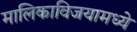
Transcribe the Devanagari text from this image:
मालिकाविजयामध्ये